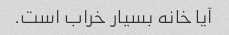
آیا خانه بسیار خراب است.